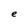
Character: e